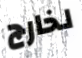
لخارج